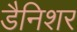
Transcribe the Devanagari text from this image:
डैनिशर